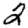
Digit: 2